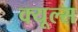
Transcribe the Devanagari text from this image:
क्‍यूल्‍स